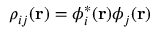
\rho _ { i j } ( \mathbf { r } ) = \phi _ { i } ^ { * } ( \mathbf { r } ) \phi _ { j } ( \mathbf { r } )